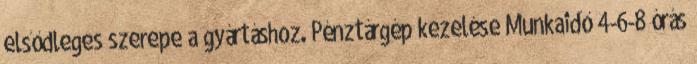
elsődleges szerepe a gyártáshoz. Pénztárgép kezelése Munkaidő 4-6-8 órás